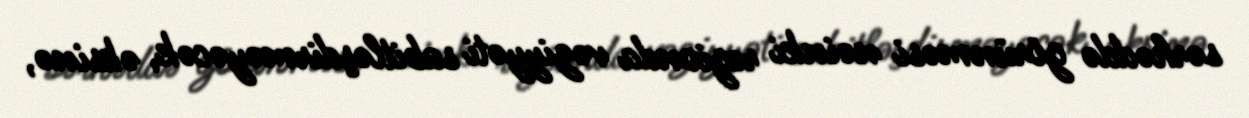
sərhəddə görünməsi nəinki regionda vəziyyəti sabitləşdirməyəcək, əksinə,